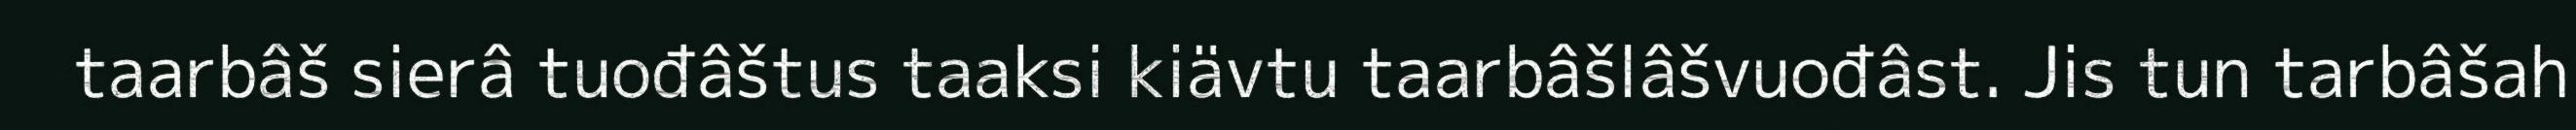
taarbâš sierâ tuođâštus taaksi kiävtu taarbâšlâšvuođâst. Jis tun tarbâšah